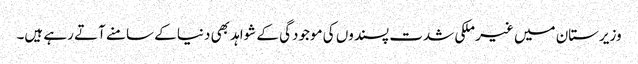
وزیرستان میں غیر ملکی شدت پسندوں کی موجودگی کے شواہد بھی دنیا کے سامنے آتے رہے ہیں۔